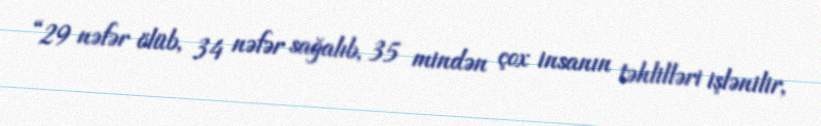
“29 nəfər ölüb, 34 nəfər sağalıb, 35 mindən çox insanın təhlilləri işlənilir,